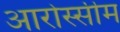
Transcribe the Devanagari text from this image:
आरोस्सीम